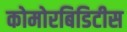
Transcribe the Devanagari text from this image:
कोमोरबिडिटीस